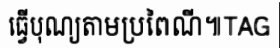
ធ្វើបុណ្យតាមប្រពៃណី៕TAG